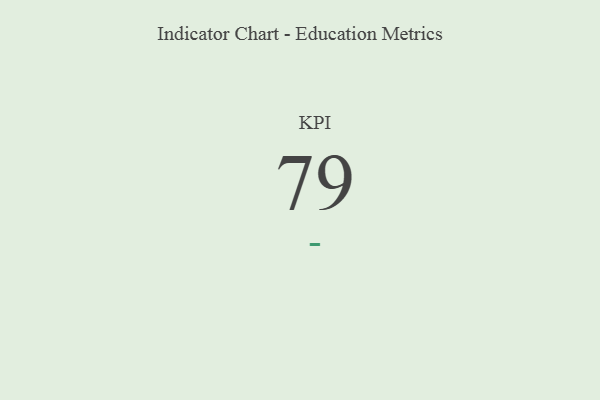
{"axis": {"x": "KPI", "y": "Value"}, "legend": [""], "data": [{"x": "KPI", "y": 79, "type": ""}]}